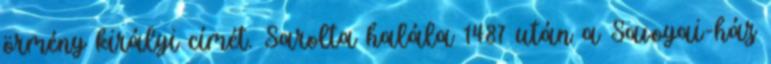
örmény királyi címét. Sarolta halála 1487 után a Savoyai-ház